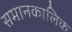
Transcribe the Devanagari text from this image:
समानकालिक